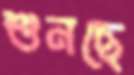
শুনছে